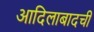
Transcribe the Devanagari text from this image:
आदिलाबादची